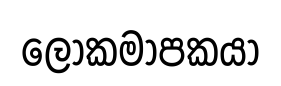
ලෝකමාපකයා